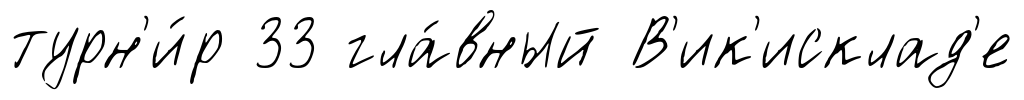
турн'и́р 33 гла́вный В'ик'исклад'е